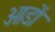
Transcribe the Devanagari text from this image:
ओडों